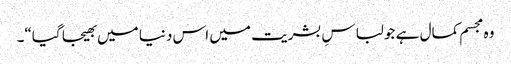
وہ مجسم کمال ہے جو لباسِ بشریت میں اس دنیا میں بھیجا گیا“۔